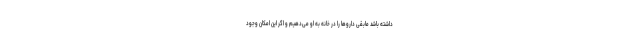
داشته باشد مابقی داروها را در خانه به او می‌دهیم و اگر این امکان وجود